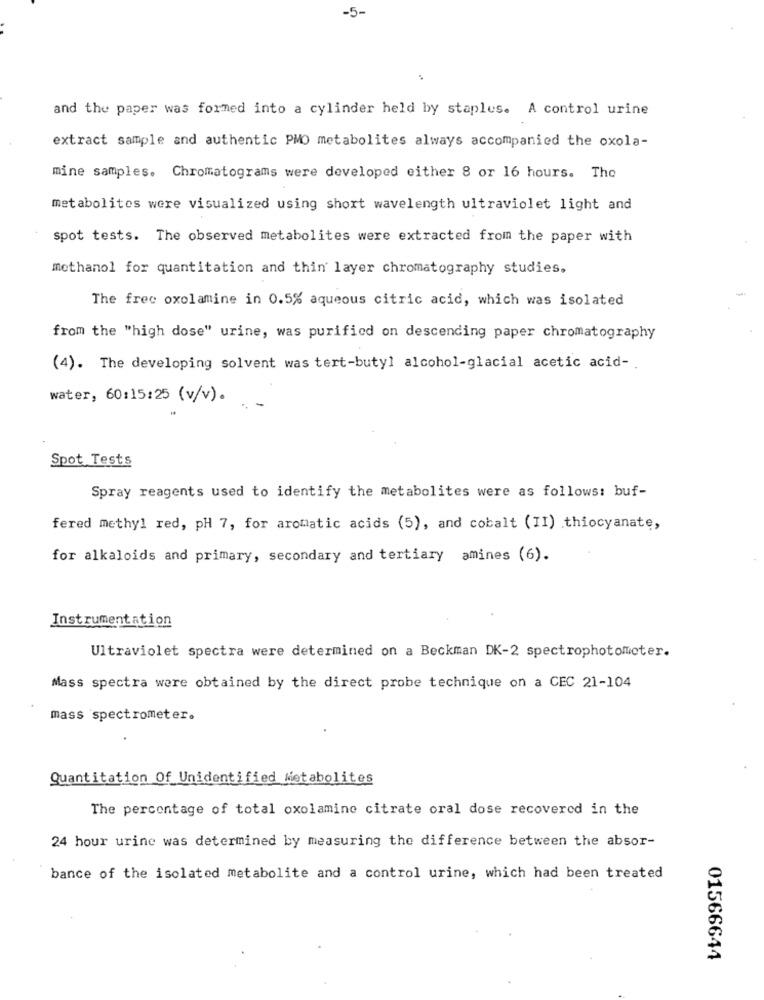
-5-
and the paper was formed into a cylinder held by staples. A control urine
extract sample and authentic PMO metabolites always accompanied the oxola-
mine samples. Chromatograms were developed either 8 or 16 hours. The
metabolites were visualized using short wavelength ultraviolet light and
spot tests. The observed metabolites were extracted from the paper with
methanol for quantitation and thin layer chromatography studies.
The free oxolamine in 0.5% aqueous citric acid, which was isolated
from the "high dose" urine, was purified on descending paper chromatography
(4). The developing solvent was tert-butyl alcohol-glacial acetic acid -.
water, 60:15:25 (v/v).
Spot Tests
Spray reagents used to identify the metabolites were as follows: buf-
fered methyl red, pH 7, for aromatic acids (5), and cobalt (II) thiocyanate,
for alkaloids and primary, secondary and tertiary amines (6).
Instrumentation
Ultraviolet spectra were determined on a Beckman DK-2 spectrophotometer.
Mass spectra were obtained by the direct probe technique on a CEC 21-104
mass spectrometer.
Quantitation Of Unidentified Metabolites
The percentage of total oxolamine citrate oral dose recovered in the
24 hour urine was determined by measuring the difference between the absor-
bance of the isolated metabolite and a control urine, which had been treated
01566644